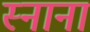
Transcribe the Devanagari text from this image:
स्नाना